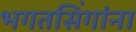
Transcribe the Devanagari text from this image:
भगतसिंगांना